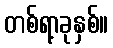
တစ်ရာ့ခုနှစ်။